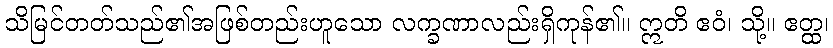
သိမြင်တတ်သည်၏အဖြစ်တည်းဟူသော လက္ခဏာလည်းရှိကုန်၏။ ဣတိ ဧဝံ၊ သို့။ ဧတ္ထ၊